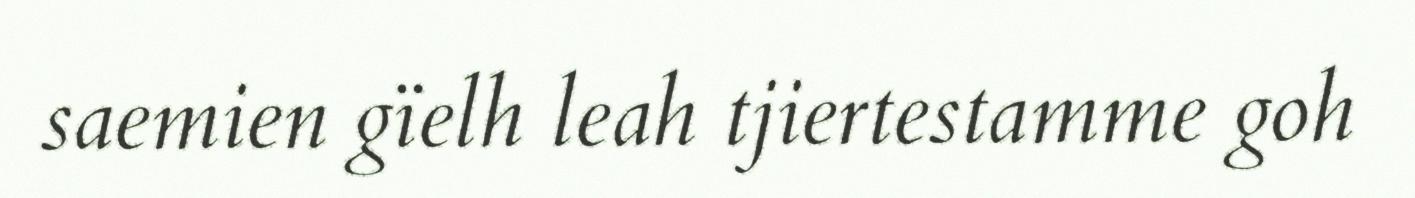
saemien gïelh leah tjiertestamme goh